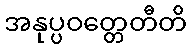
အနုပ္ပဝတ္တေတီတိ